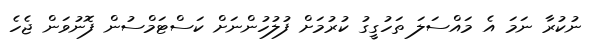
ނުކުރާ ނަމަ އެ މައްސަލަ ތަހުގީގު ކުރުމަށް ފުލުހުންނަށް ކަސްޓަމްސުން ފޮނުވަން ޖެހެ